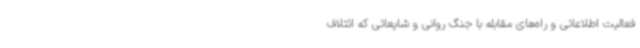
فعالیت اطلاعاتی و راه‌های مقابله با جنگ روانی و شایعاتی که ائتلاف